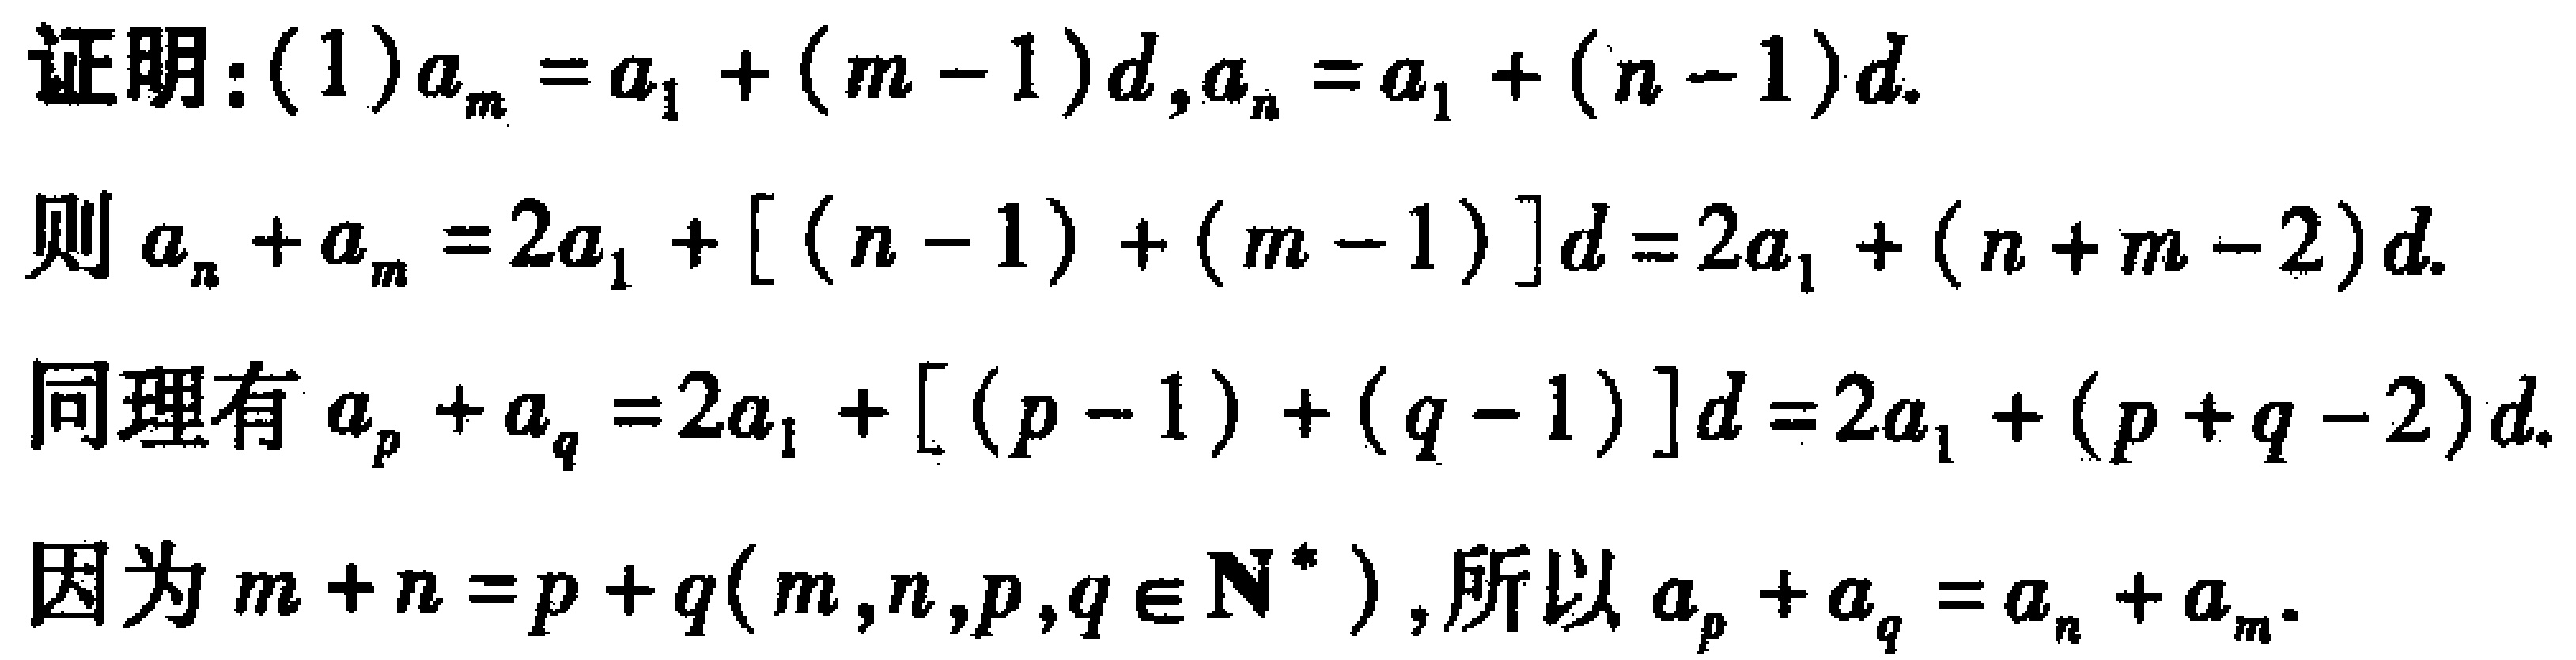
证明：(1) \(a_{m}=a_{1}+(m - 1)d\)，\(a_{n}=a_{1}+(n - 1)d\).
则 \(a_{n}+a_{m}=2a_{1}+[(n - 1)+(m - 1)]d=2a_{1}+(n + m - 2)d\).
同理有 \(a_{p}+a_{q}=2a_{1}+[(p - 1)+(q - 1)]d=2a_{1}+(p + q - 2)d\).
因为 \(m + n=p + q(m,n,p,q\in\mathbb{N}^{*})\)，所以 \(a_{p}+a_{q}=a_{n}+a_{m}\).